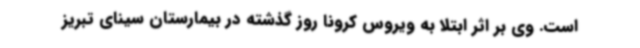
است. وی بر اثر ابتلا به ویروس کرونا روز گذشته در بیمارستان سینای تبریز